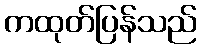
ကထုတ်ပြန်သည်